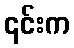
၎င်းက